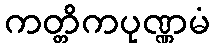
ကတ္တိကပုဏ္ဏမံ